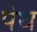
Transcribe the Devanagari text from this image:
पेथ